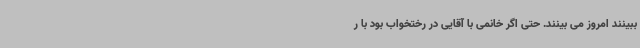
ببینند امروز می بینند. حتی اگر خانمی با آقایی در رختخواب بود با ر